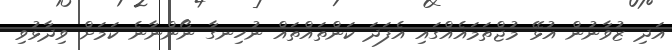
އަދި ޒުވާނުން އުޅޭ މުޖްތަމައެއްގައި އެފަދަ ކަންތައްތައް ނުހިނގާ ނޯންނާނެ ކަމަށް ވިދާޅުވި